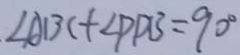
\angle A B C + \angle P D B = 9 0 ^ { \circ }